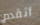
أتقدم